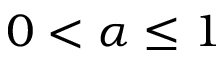
0 < \alpha \leq 1